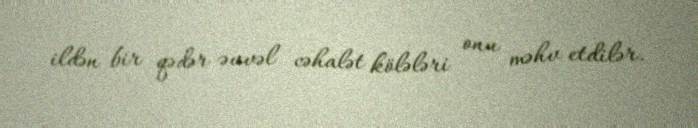
ildən bir qədər əvvəl cəhalət kölələri onu məhv etdilər.